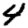
Digit: 4